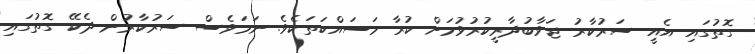
ގޮތުގައި އެއީ ސަރުކާރު ޖަވާބުދާރީކުރުވުމަށް ކުރާ މަސައްކަތަކެވެ. ނަމަވެސް ސަރުކާރުން ދެކޭ ގޮތުގައި